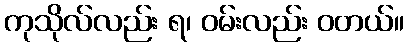
ကုသိုလ်လည်း ရ၊ ဝမ်းလည်း ဝတယ်။